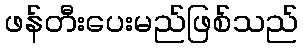
ဖန်တီးပေးမည်ဖြစ်သည်